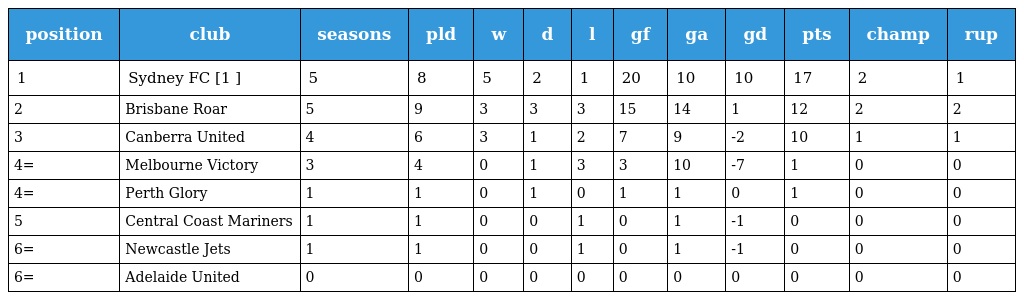
| position | club | seasons | pld | w | d | l | gf | ga | gd | pts | champ | rup |
 | --- | --- | --- | --- | --- | --- | --- | --- | --- | --- | --- | --- | --- |
 | 1 | Sydney FC [1 ] | 5 | 8 | 5 | 2 | 1 | 20 | 10 | 10 | 17 | 2 | 1 |
 | 2 | Brisbane Roar | 5 | 9 | 3 | 3 | 3 | 15 | 14 | 1 | 12 | 2 | 2 |
 | 3 | Canberra United | 4 | 6 | 3 | 1 | 2 | 7 | 9 | -2 | 10 | 1 | 1 |
 | 4= | Melbourne Victory | 3 | 4 | 0 | 1 | 3 | 3 | 10 | -7 | 1 | 0 | 0 |
 | 4= | Perth Glory | 1 | 1 | 0 | 1 | 0 | 1 | 1 | 0 | 1 | 0 | 0 |
 | 5 | Central Coast Mariners | 1 | 1 | 0 | 0 | 1 | 0 | 1 | -1 | 0 | 0 | 0 |
 | 6= | Newcastle Jets | 1 | 1 | 0 | 0 | 1 | 0 | 1 | -1 | 0 | 0 | 0 |
 | 6= | Adelaide United | 0 | 0 | 0 | 0 | 0 | 0 | 0 | 0 | 0 | 0 | 0 |